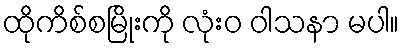
ထိုကိစ်စမြိုးကို လုံးဝ ဝါသနာ မပါ။